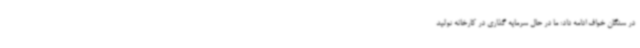
در سنگان خواف ادامه داد: ما در حال سرمایه گذاری در کارخانه تولید